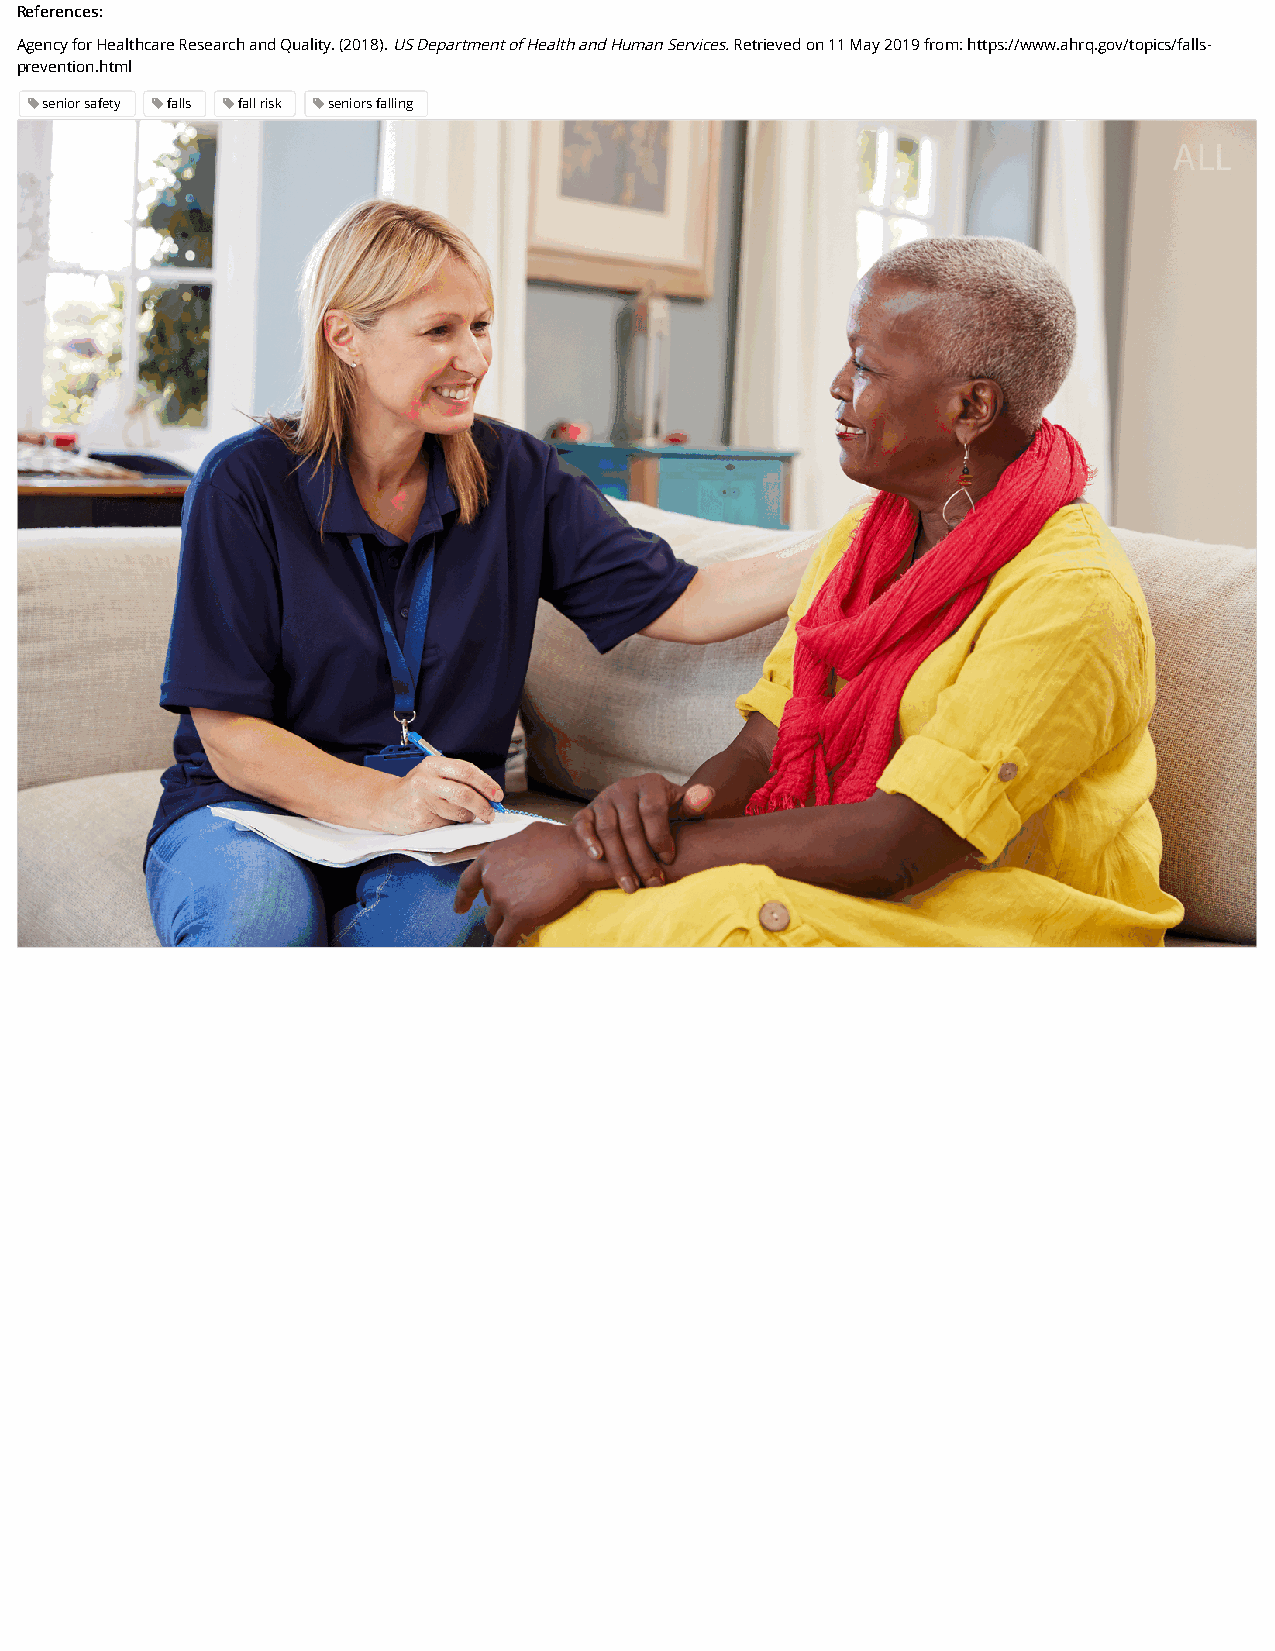
References:
 Agency for Healthcare Research and Quality. (2018). US Department of Health and Human Services. Retrieved on 11 May 2019 from: https://www.ahrq.gov/topics/falls-
 prevention.html
 senior safety falls fall risk seniors falling